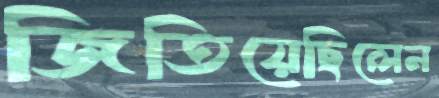
জিতিয়েছিলেন